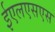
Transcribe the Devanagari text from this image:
ईएलएसएस